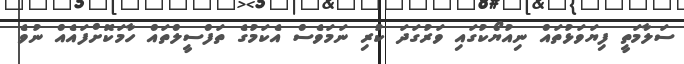
ސަލާމަތީ ފިޔަވަޅުތައް ނިއުޔޯކުގައި ވަރުގަދަ ކުރި ނަމަވެސް އެކަމުގެ ތަފްސީލްތައް ހާމަކޮށްފައެއް ނުވެ